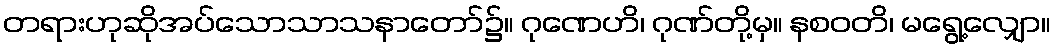
တရားဟုဆိုအပ်သောသာသနာတော်၌။ ဂုဏေဟိ၊ ဂုဏ်တို့မှ။ နစဝတိ၊ မရွေ့လျှော။